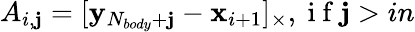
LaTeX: A_{i,\mathbf{j}}=[\mathbf{{y}}_{N_{body}+\mathbf{j}}-\mathbf{{x}}_{i+1}]_{\times},\mathrm{{~i~f~}}\mathbf{j}>in